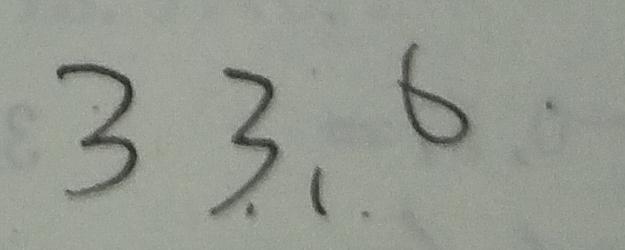
3 3 . 、 . 6